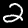
Digit: 2